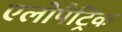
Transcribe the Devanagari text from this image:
एलोपैट्रिक